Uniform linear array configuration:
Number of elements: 64
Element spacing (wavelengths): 0.75
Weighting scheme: blackman
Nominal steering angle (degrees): -30
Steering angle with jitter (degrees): -30.276
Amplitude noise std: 0.05
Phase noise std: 0.05

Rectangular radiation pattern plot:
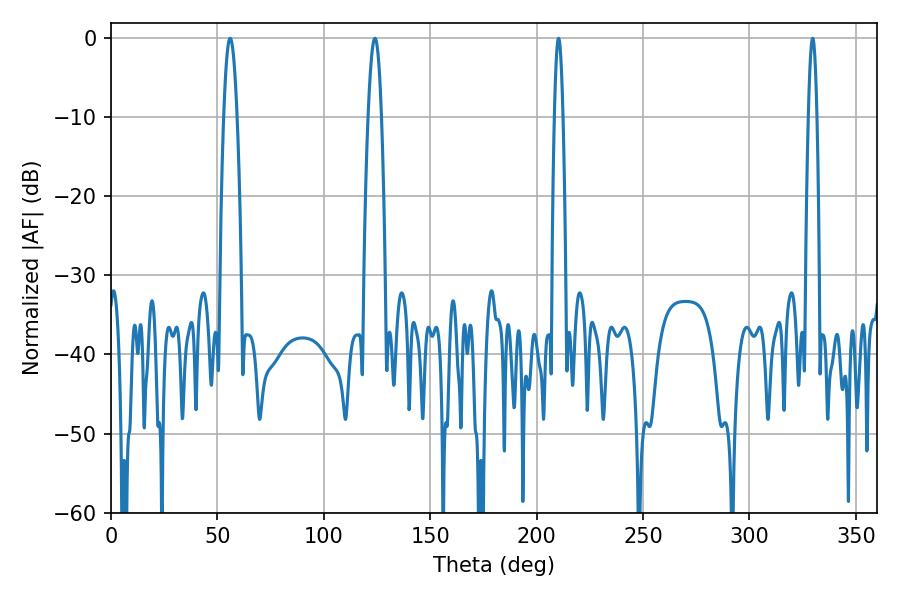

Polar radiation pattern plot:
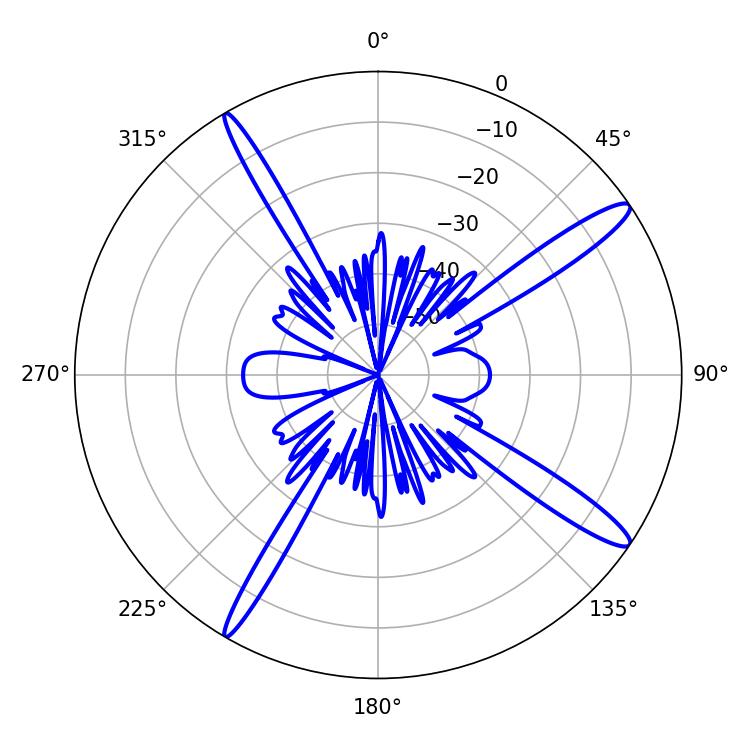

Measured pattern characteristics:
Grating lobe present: TRUE
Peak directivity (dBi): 14.837
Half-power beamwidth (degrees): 3.42
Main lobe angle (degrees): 55.98